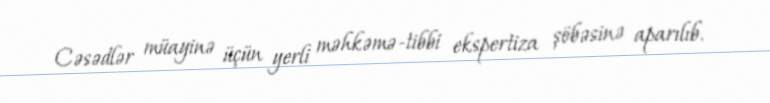
Cəsədlər müayinə üçün yerli məhkəmə-tibbi ekspertiza şöbəsinə aparılıb.